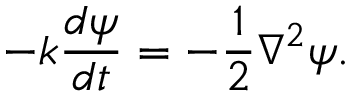
- k \frac { d \psi } { d t } = - \frac { 1 } { 2 } \nabla ^ { 2 } \psi .